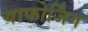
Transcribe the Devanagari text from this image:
याफोर्जिंग